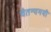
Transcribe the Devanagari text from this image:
चैतन्यमयी